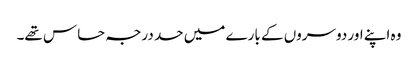
وہ اپنے اور دوسروں کے بارے میں حد درجہ حساس تھے۔